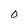
Character: O